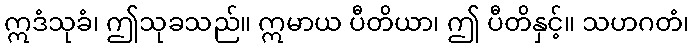
ဣဒံသုခံ၊ ဤသုခသည်။ ဣမာယ ပီတိယာ၊ ဤ ပီတိနှင့်။ သဟဂတံ၊